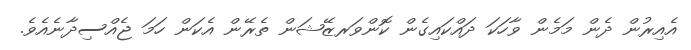
އެއިރުން ދެން މަމެން ވާހަކަ ދައްކައިގެން ކޮންވަރޒޭޝަން ތެރޭން އެކަން ހަމަ ޖެއްސިދާނެއެވެ.